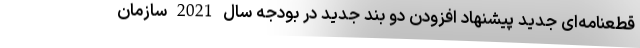
قطعنامه‌ای جدید پیشنهاد افزودن دو بند جدید در بودجه سال 2021 سازمان